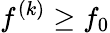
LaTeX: f^{(k)}\geq f_{0}